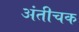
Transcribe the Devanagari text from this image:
अंतीचक